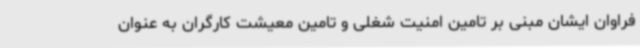
فراوان ایشان مبنی بر تامین امنیت شغلی و تامین معیشت کارگران به عنوان